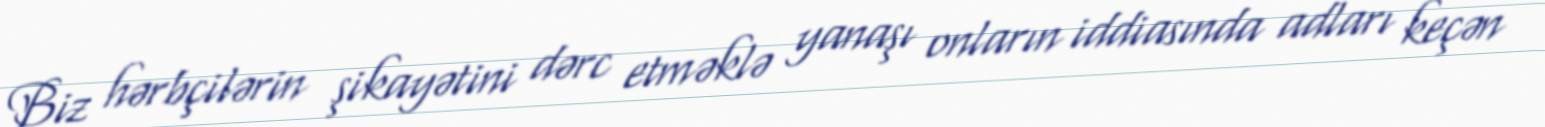
Biz hərbçilərin şikayətini dərc etməklə yanaşı onların iddiasında adları keçən